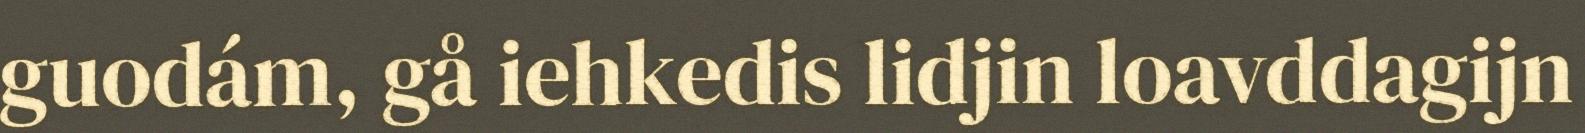
guodám, gå iehkedis lidjin loavddagijn